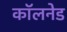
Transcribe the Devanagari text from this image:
कॉलनेड